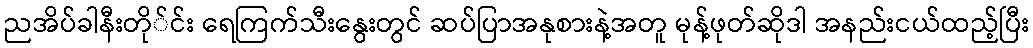
ညအိပ်ခါနီးတို်င်း ရေကြက်သီးနွေးတွင် ဆပ်ပြာအနုစားနဲ့အတူ မုန့်ဖုတ်ဆိုဒါ အနည်းငယ်ထည့်ပြီး